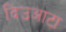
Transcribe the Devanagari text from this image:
दिउआटा